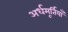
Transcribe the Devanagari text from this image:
अर्धमूर्तियाँ